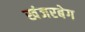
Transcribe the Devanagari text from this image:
खंजरबेग